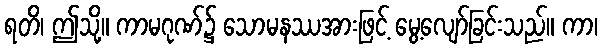
ရတိ၊ ဤသို့။ ကာမဂုဏ်၌ သောမနဿအားဖြင့် မွေ့လျော်ခြင်းသည်။ ကာ၊